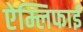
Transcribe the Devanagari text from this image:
ऐम्लिफाई